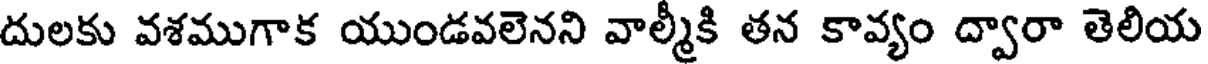
దులకు వశముగాక యుండవలెనని వాల్మీకి తన కావ్యం ద్వారా తెలియ